Civil Veterinary Dept. Bombay admin report 1914-1922 - 1914-1922
Year: 1914
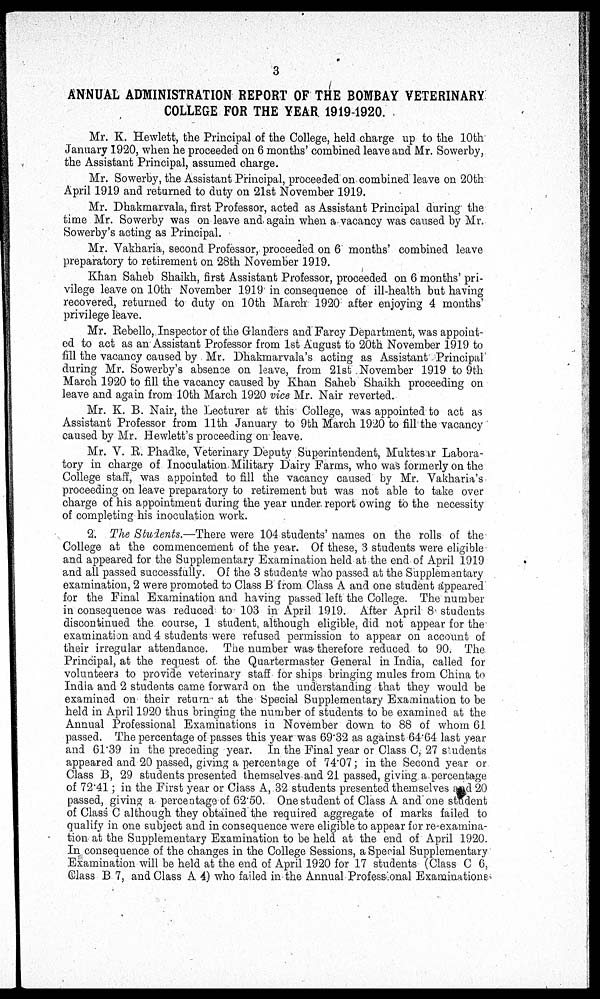
3
ANNUAL ADMINISTRATION REPORT OF THE BOMBAY VETERINARY
COLLEGE FOR THE YEAR 1919-1920.
Mr. K. Hewlett, the Principal of the College, held charge up to the 10th
January 1920, when he proceeded on 6 months' combined leave and Mr. Sowerby,
the Assistant Principal, assumed charge.
Mr. Sowerby, the Assistant Principal, proceeded on combined leave on 20th
April 1919 and returned to duty on 21st November 1919.
Mr. Dhakmarvala, first Professor, acted as Assistant Principal during the
time Mr. Sowerby was on leave and again when a vacancy was caused by Mr.
Sowerby's acting as Principal.
Mr. Vakharia, second Professor, proceeded on 6 months' combined leave
preparatory to retirement on 28th November 1919.
Khan Saheb Shaikh, first Assistant Professor, proceeded on 6 months' pri-
vilege leave on 10th November 1919 in consequence of ill-health but having
recovered, returned to duty on 10th March 1920 after enjoying 4 months'
privilege leave.
Mr. Rebello, Inspector of the Glanders and Farcy Department, was appoint-
ed to act as an Assistant Professor from 1st August to 20th November 1919 to
fill the vacancy caused by Mr. Dhakmarvala's acting as Assistant Principal
during Mr. Sowerby's absence on leave, from 21st November 1919 to 9th
March 1920 to fill the vacancy caused by Khan Saheb Shaikh proceeding on
leave and again from 10th March 1920 vice Mr. Nair reverted.
Mr. K. B. Nair, the Lecturer at this College, was appointed to act as
Assistant Professor from 11th January to 9th March 1920 to fill the vacancy
caused by Mr. Hewlett's proceeding on leave.
Mr. V. R. Phadke, Veterinary Deputy Superintendent, Muktesar Labora-
tory in charge of Inoculation. Military Dairy Farms, who was formerly on the
College staff, was appointed to fill the vacancy caused by Mr. Vakharia's
proceeding on leave preparatory to retirement but was not able to take over
charge of his appointment during the year under report owing to the necessity
of completing his inoculation work.
2. The Students.—There were 104 students' names on the rolls of the
College at the commencement of the year. Of these, 3 students were eligible
and appeared for the Supplementary Examination held at the end of April 1919
and all passed successfully. Of the 3 students who passed at the Supplementary
examination, 2 were promoted to Class B from Class A and one student appeared
for the Final Examination and having passed left the College. The number
in consequence was reduced to 103 in April 1919. After April 8 students
discontinued the course, 1 student, although eligible, did not appear for the
examination and 4 students were refused permission to appear on account of
their irregular attendance. The number was therefore reduced to 90. The
Principal, at the request of the Quartermaster General in India, called for
volunteers to provide veterinary staff for ships bringing mules from China to
India and 2 students came forward on the understanding that they would be
examined on their return at the Special Supplementary Examination to be
held in April 1920 thus bringing the number of students to be examined at the
Annual Professional Examinations in November down to 88 of whom 61
passed. The percentage of passes this year was 69.32 as against 64.64 last year
and 61.39 in the preceding year. In the Final year or Class C, 27 students
appeared and 20 passed, giving a percentage of 74.07; in the Second year or
Class B, 29 students presented themselves and 21 passed, giving a percentage
of 72.41; in the First year or Class A, 32 students presented themselves and 20
passed, giving a percentage of 62.50. One student of Class A and one student
of Class C although they obtained the required aggregate of marks failed to
qualify in one subject and in consequence were eligible to appear for re-examina-
tion at the Supplementary Examination to be held at the end of April 1920.
In consequence of the changes in the College Sessions, a Special Supplementary
Examination will be held at the end of April 1920 for 17 students (Class C 6,
Class B 7, and Class A 4) who failed in the Annual Profess onal Examinations